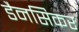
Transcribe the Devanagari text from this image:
डैनसिकर